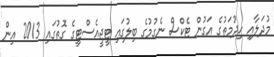
މުދަލާއި ހިދުމަތުގެ އަގުން ޓެކްސް ނެގުމުގެ ބިލުގައި ޓީޖީއެސްޓީގެ ގޮތުގައި 2013 އިން